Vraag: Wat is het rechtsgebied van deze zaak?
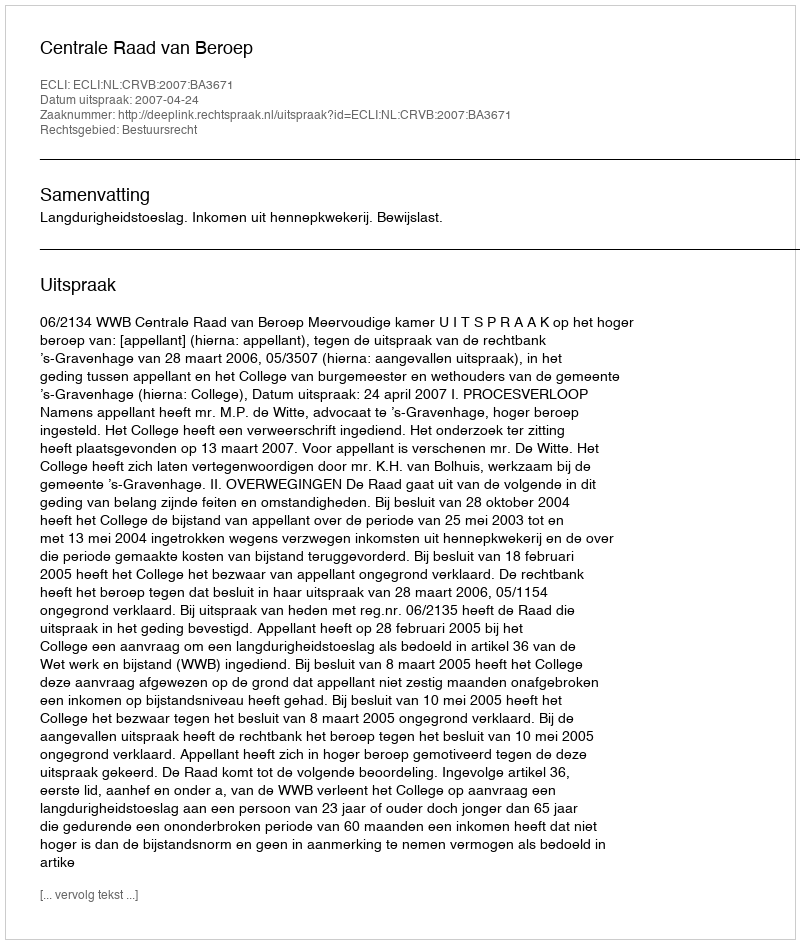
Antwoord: Bestuursrecht